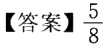
【答案】\(\frac{5}{8}\)